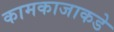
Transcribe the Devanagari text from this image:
कामकाजाकडे